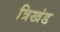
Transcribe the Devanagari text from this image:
त्रिखंड